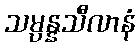
သမ္ပန္နသီလာနံ